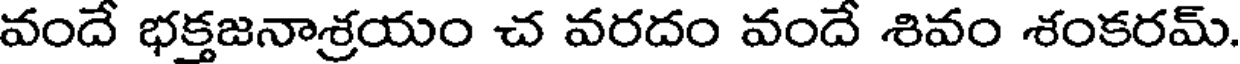
వందే భక్తజనాశ్రయం చ వరదం వందే శివం శంకరమ్